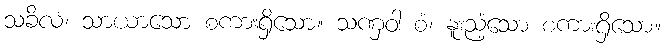
သခိလံ၊ သာယာသော စကားရှိသော။ သဏှဝါ စံ၊ နူးညံ့သော စကားရှိသော။